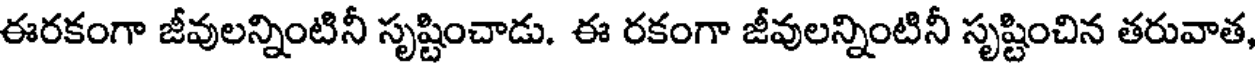
ఈరకంగా జీవులన్నింటినీ సృష్టించాడు. ఈ రకంగా జీవులన్నింటినీ సృష్టించిన తరువాత,